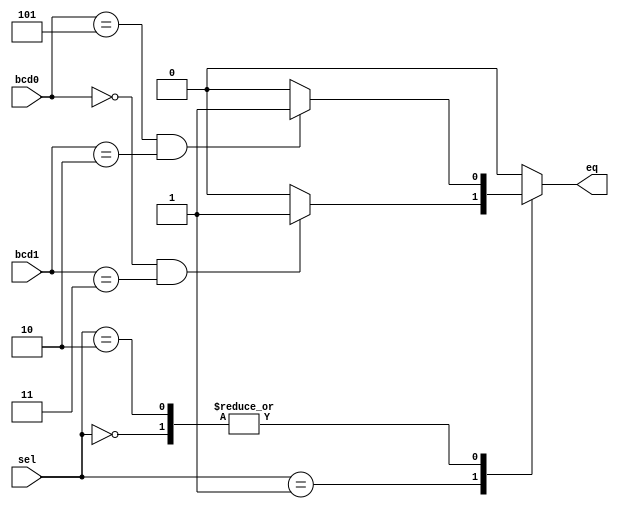
`timescale 1ns / 1ps

module dig_compare(
    input [3:0] bcd0,
    input [3:0] bcd1,
    input [1:0] sel,
    output reg eq
    );
	 
localparam code0m=2, code0l=5,
			  code1m=3, code1l=0,
			  code2m=2, code2l=5;

always @*
begin
	case(sel)
		2'd0: eq = (bcd0 == code0l && bcd1 == code0m) ? 1 : 0;
		2'd1: eq = (bcd0 == code1l && bcd1 == code1m) ? 1 : 0;
		2'd2: eq = (bcd0 == code2l && bcd1 == code2m) ? 1 : 0;
		default: eq = 0;
	endcase
end

endmodule